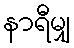
နာရီမျှ